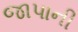
જાપાની